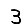
Digit: 3